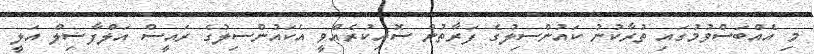
މި އެއްބަސްވުމުގައި ތުރާކުނު ކައުންސިލުގެ ފަރާތުން ސޮއިކުރެއްވީ އެކައުންސިލުގެ ރައީސް އަލްފާޟިލް އަލީ